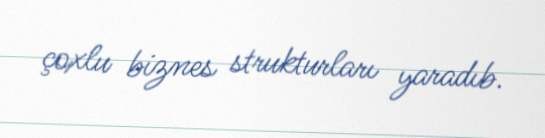
çoxlu biznes strukturları yaradıb.